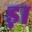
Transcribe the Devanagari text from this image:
ड़ा